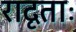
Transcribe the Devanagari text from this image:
रादृताः